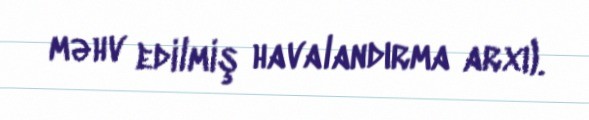
məhv edilmiş havalandırma arxı).